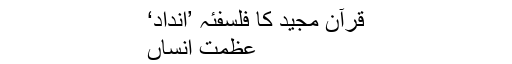
قرآن مجید کا فلسفئہ ’انداد‘
عظمتِ انساں